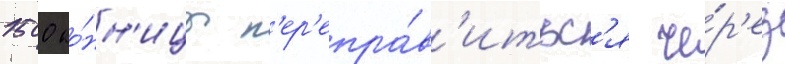
1500 ко́нн'ицы п'ер'епра́в'итьс'я че́р'ез